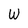
Character: W